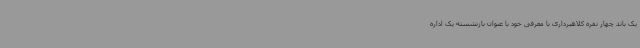
یک باند چهار نفره کلاهبرداری با معرفی خود با عنوان بازنشسته یک اداره